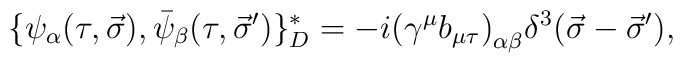
\{ \psi_{\alpha} (\tau , \vec{\sigma}) ,\bar{\psi}_{\beta} (\tau , \vec{\sigma}^\prime) \}^\ast_D =- i \big( \gamma^\mu b_{\mu \tau} \big)_{\alpha\beta}\delta^3 (\vec{\sigma} - \vec{\sigma}^\prime) ,